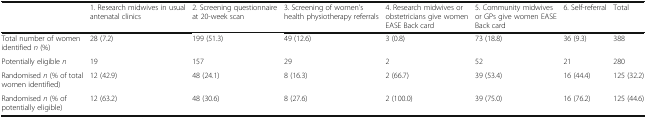
<table><thead><tr><td></td><td><b>1. Research midwives in usual antenatal clinics</b></td><td><b>2. Screening questionnaire at 20-week scan</b></td><td><b>3. Screening of women’s health physiotherapy referrals</b></td><td><b>4. Research midwives or obstetricians give women EASE Back card</b></td><td><b>5. Community midwives or GPs give women EASE Back card</b></td><td><b>6. Self-referral</b></td><td><b>Total</b></td></tr></thead><tbody><tr><td>Total number of women identified <i>n</i> (%)</td><td>28 (7.2)</td><td>199 (51.3)</td><td>49 (12.6)</td><td>3 (0.8)</td><td>73 (18.8)</td><td>36 (9.3)</td><td>388</td></tr><tr><td>Potentially eligible <i>n</i></td><td>19</td><td>157</td><td>29</td><td>2</td><td>52</td><td>21</td><td>280</td></tr><tr><td>Randomised <i>n</i> (% of total women identified)</td><td>12 (42.9)</td><td>48 (24.1)</td><td>8 (16.3)</td><td>2 (66.7)</td><td>39 (53.4)</td><td>16 (44.4)</td><td>125 (32.2)</td></tr><tr><td>Randomised <i>n</i> (% of potentially eligible)</td><td>12 (63.2)</td><td>48 (30.6)</td><td>8 (27.6)</td><td>2 (100.0)</td><td>39 (75.0)</td><td>16 (76.2)</td><td>125 (44.6)</td></tr></tbody></table>